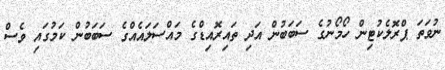
ނުވަތަ ޕްރޮލެކުޓިން ހޯމޯނުގެ ސަބަބުން އަދި ތައިރޮއިޑްގެ މައްސަލައެއްގެ ސަބަބުން ކަމުގައި ވެސް